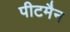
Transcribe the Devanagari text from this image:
पीटमैन